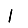
Digit: 1